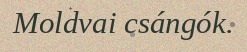
Moldvai csángók.